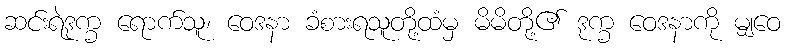
ဆင်းရဲဒုက္ခ ရောက်သူ၊ ဝေဒနာ ခံစားရသူတို့ထံမှ မိမိတို့၏ ဒုက္ခ ဝေဒနာကို မျှဝေ